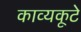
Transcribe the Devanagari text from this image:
काव्यकूटे